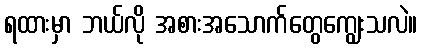
ရထားမှာ ဘယ်လို အစားအသောက်တွေကျွေးသလဲ။